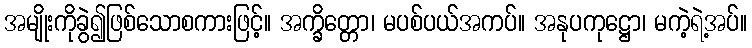
အမျိုးကိုခွဲ၍ဖြစ်သောစကားဖြင့်။ အက္ခိတ္တော၊ မပစ်ပယ်အကပ်။ အနုပကုဋ္ဌော၊ မကဲ့ရဲ့အပ်။